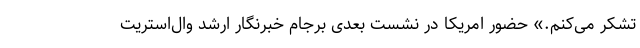
تشکر می‌کنم.» حضور امریکا در نشست بعدی برجام خبرنگار ارشد وال‌استریت